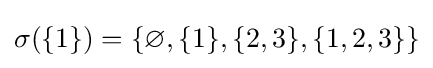
\sigma (\{1\})=\{\varnothing ,\{1\},\{2,3\},\{1,2,3\}\}